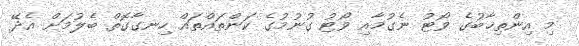
މި އިންތިޚާބުގެ ވޯޓު ނެގުމާއި ވޯޓު ގުނުމުގެ ކަންތައްތައް ހިނގާގޮތް ބެލުމަށް އެދޭ